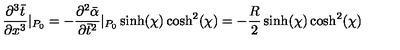
\frac { \partial ^ { 3 } \bar { t } } { \partial x ^ { 3 } } | _ { P _ { 0 } } = - \frac { \partial ^ { 2 } \bar { \alpha } } { \partial \bar { t } ^ { 2 } } | _ { P _ { 0 } } \sinh ( \chi ) \cosh ^ { 2 } ( \chi ) = - \frac { R } { 2 } \sinh ( \chi ) \cosh ^ { 2 } ( \chi )